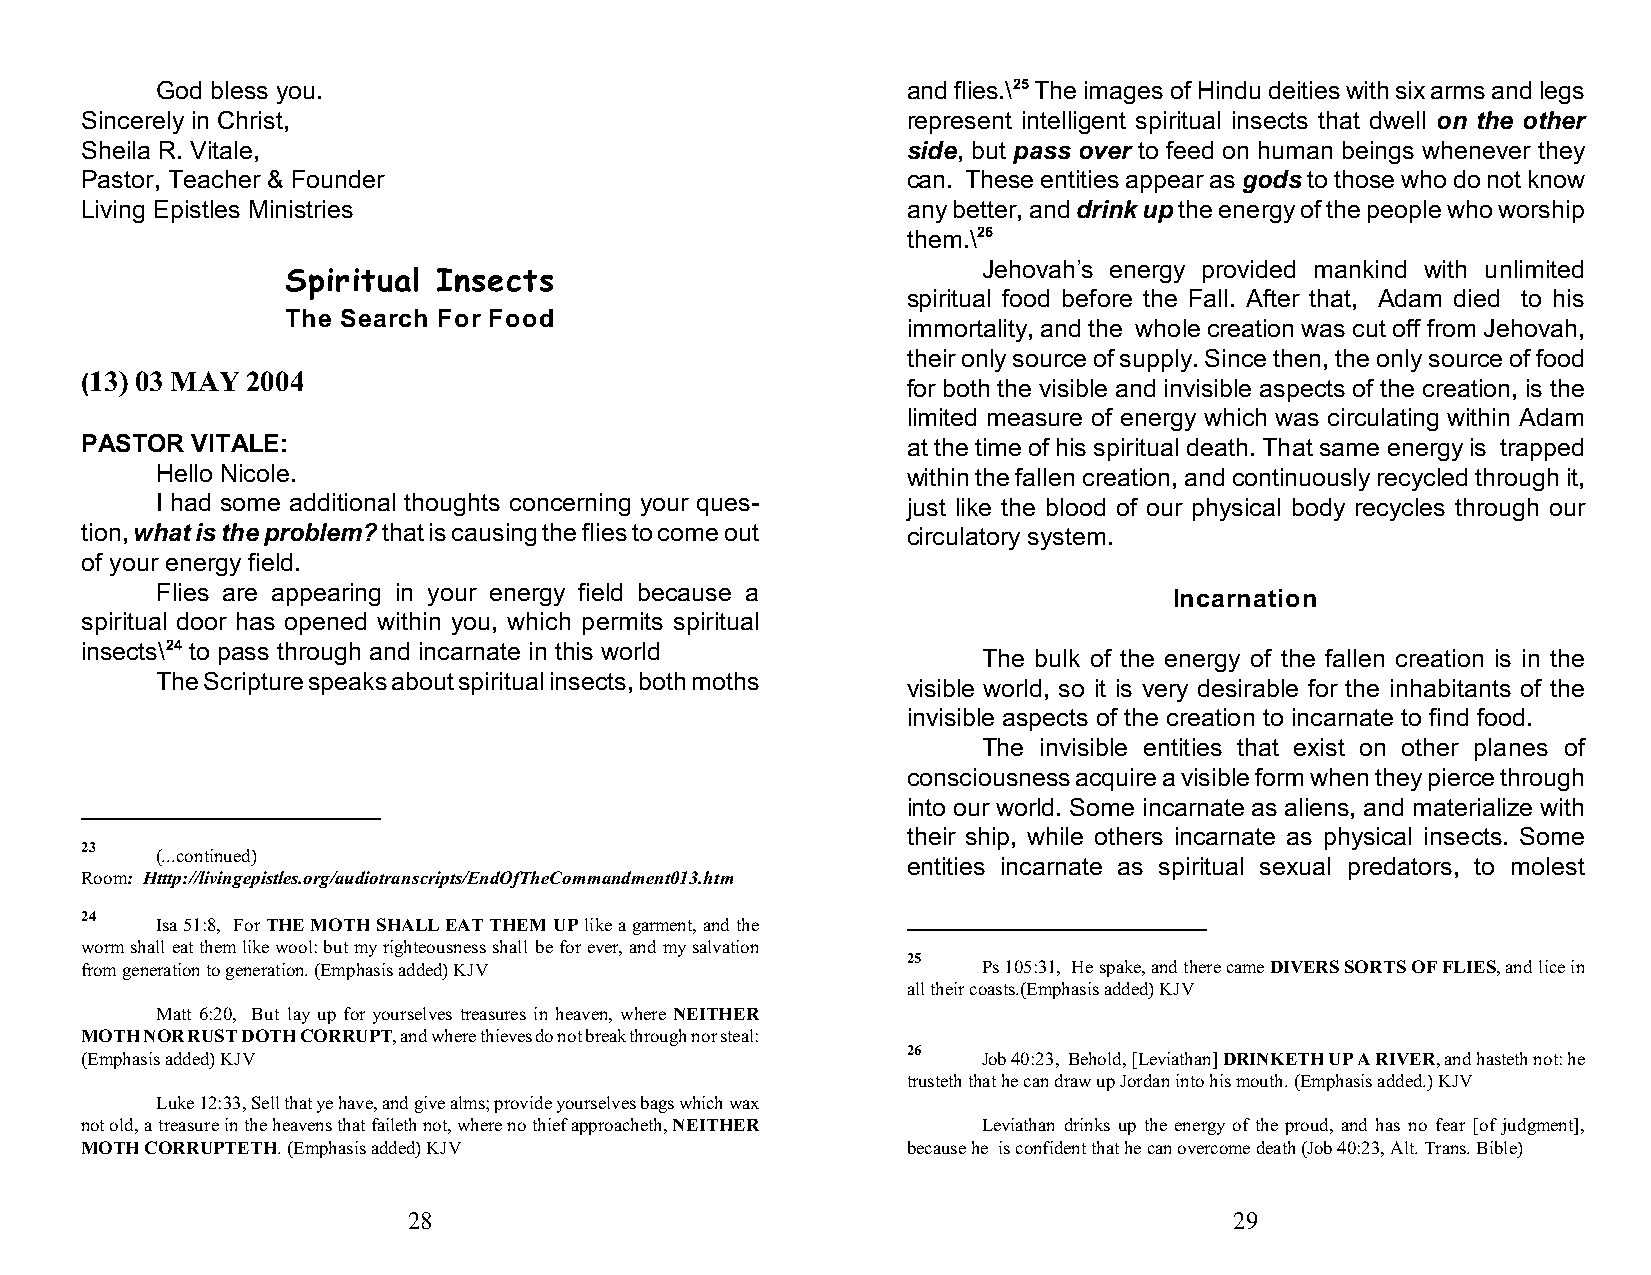
God bless you.                                    and flies.\25 The images of Hindu deities with six arms and legs
 Sincerely in Christ,                                   represent intelligent spiritual insects that dwell on the other
 Sheila R. Vitale,                                      side, but pass over to feed on human beings whenever they
 Pastor, Teacher & Founder                              can. These entities appear as gods to those who do not know
 Living Epistles Ministries                             any better, and drink up the energy of the people who worship
 them.\26
 Jehovah’s energy provided mankind with unlimited
 Spiritual Insects
 spiritual food before the Fall. After that, Adam died to his
 The Search For Food
 immortality, and the whole creation was cut off from Jehovah,
 their only source of supply. Since then, the only source of food
 (13) 03 MAY 2004
 for both the visible and invisible aspects of the creation, is the
 limited measure of energy which was circulating within Adam
 PASTOR  VITALE:                                        at the time of his spiritual death. That same energy is trapped
 Hello Nicole.                                     within the fallen creation, and continuously recycled through it,
 I had some additional thoughts concerning your ques- just like the blood of our physical body recycles through our
 tion, what is the problem? that is causing the flies to come out circulatory system.
 of your energy field.
 Flies are appearing in your energy field because a                  Incarnation
 spiritual door has opened within you, which permits spiritual
 insects\24 to pass through and incarnate in this world
 The bulk of the energy of the fallen creation is in the
 The Scripture speaks about spiritual insects, both moths
 visible world, so it is very desirable for the inhabitants of the
 invisible aspects of the creation to incarnate to find food.
 The invisible entities that exist on other planes of
 consciousness acquire a visible form when they pierce through
 into our world. Some incarnate as aliens, and materialize with
 their ship, while others incarnate as physical insects. Some
 23
 (...continued)
 entities incarnate as spiritual sexual predators, to molest
 Room: Htttp://livingepistles.org/audiotranscripts/EndOfTheCommandment013.htm
 24
 Isa 51:8, For THE MOTH SHALL EAT THEM UP like a garment, and the
 worm shall eat them like wool: but my righteousness shall be for ever, and my salvation
 25
 from generation to generation. (Emphasis added) KJV         Ps 105:31, He spake, and there came DIVERS SORTS OF FLIES, and lice in
 all their coasts.(Emphasis added) KJV
 Matt 6:20, But lay up for yourselves treasures in heaven, where NEITHER
 MOTH NOR RUST DOTH CORRUPT, and where thieves do not break through nor steal:
 26
 (Emphasis added) KJV                                        Job 40:23, Behold, [Leviathan] DRINKETH UP A RIVER, and hasteth not: he
 trusteth that he can draw up Jordan into his mouth. (Emphasis added.) KJV
 Luke 12:33, Sell that ye have, and give alms; provide yourselves bags which wax
 not old, a treasure in the heavens that faileth not, where no thief approacheth, NEITHER Leviathan drinks up the energy of the proud, and has no fear [of judgment],
 MOTH CORRUPTETH. (Emphasis added) KJV                  because he is confident that he can overcome death (Job 40:23, Alt. Trans. Bible)
 28                                                     29